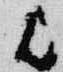
歟